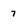
Character: 7